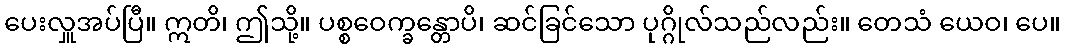
ပေးလှူအပ်ပြီ။ ဣတိ၊ ဤသို့။ ပစ္စဝေက္ခန္တောပိ၊ ဆင်ခြင်သော ပုဂ္ဂိုလ်သည်လည်း။ တေသံ ယေဝ၊ ပေ။